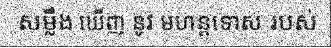
សម្លឹង ឃើញ នូវ មហន្តទោស របស់